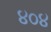
૪૦૪